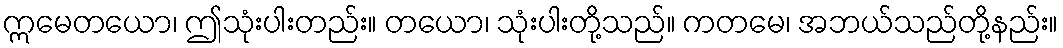
ဣမေတယော၊ ဤသုံးပါးတည်း။ တယော၊ သုံးပါးတို့သည်။ ကတမေ၊ အဘယ်သည်တို့နည်း။